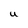
Character: U